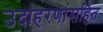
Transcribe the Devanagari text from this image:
उदाहरणांसहित